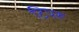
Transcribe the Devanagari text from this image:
टिपरू